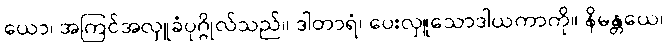
ယော၊ အကြင်အလှူခံပုဂ္ဂိုလ်သည်။ ဒါတာရံ၊ ပေးလှူသောဒါယကာကို။ နိမန္တယေ၊